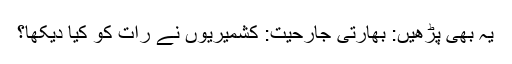
یہ بھی پڑھیں: بھارتی جارحیت: کشمیریوں نے رات کو کیا دیکھا؟